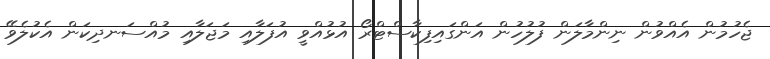
ޖެހުމުން އެއްވުން ނިންމާލަން ފުލުހުން އަންގައިފިކާސްޓްރޯ އުޅުއްވީ އުފަލާއި މަޖަލާއި މުއްސަނދިކަން އެކުލެވޭ